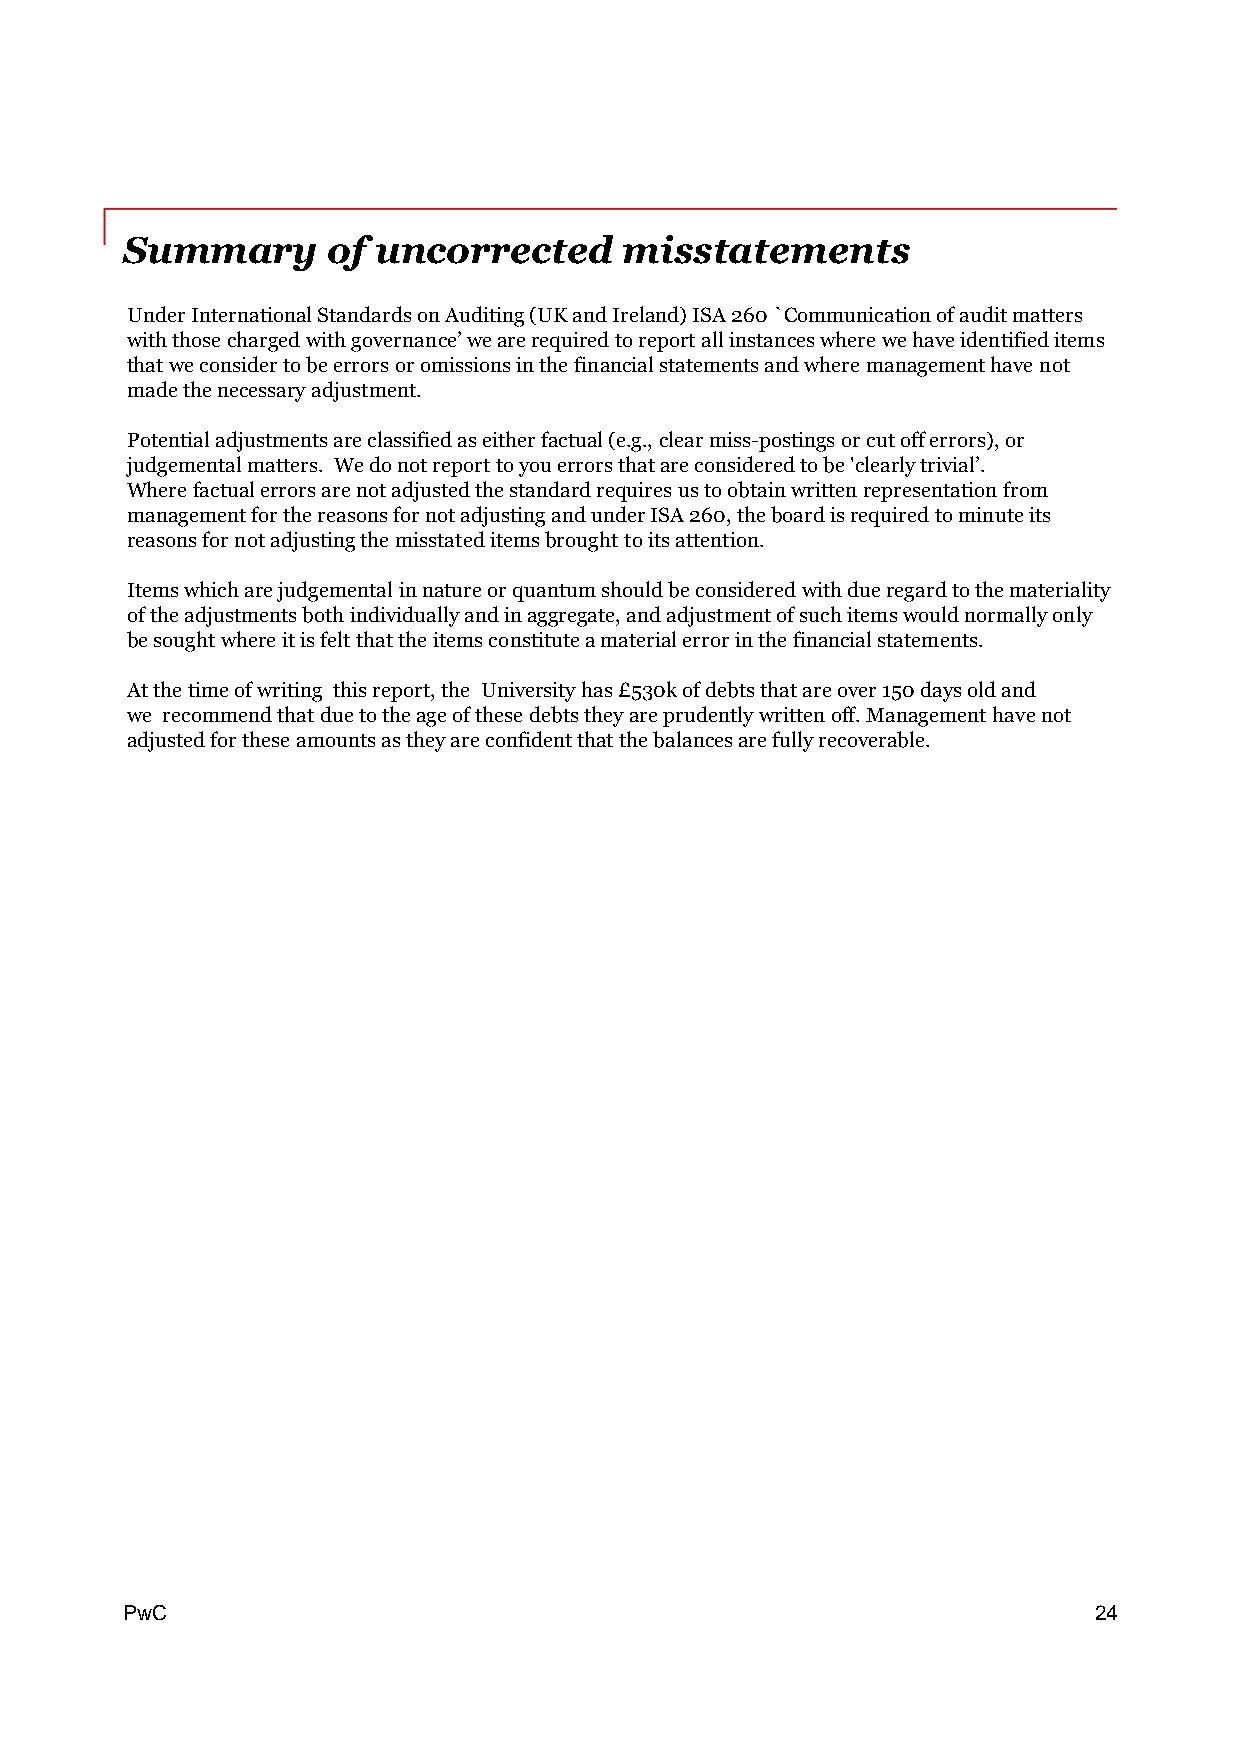
Summary       of uncorrected     misstatements
 UnderInternationalStandardsonAuditing(UKandIreland)ISA260`Communicationofauditmatters
 withthosechargedwithgovernance’wearerequiredtoreportallinstanceswherewehaveidentifieditems
 thatweconsidertobeerrorsoromissionsinthefinancialstatementsandwheremanagementhavenot
 madethenecessaryadjustment.
 Potentialadjustmentsareclassifiedaseitherfactual(e.g.,clearmiss-postingsorcutofferrors),or
 judgementalmatters. Wedonotreporttoyouerrorsthatareconsideredtobe'clearlytrivial’.
 Wherefactualerrorsarenotadjustedthestandardrequiresustoobtainwrittenrepresentationfrom
 managementforthereasonsfornotadjustingandunderISA260,theboardisrequiredtominuteits
 reasonsfornotadjustingthemisstateditemsbroughttoitsattention.
 Itemswhicharejudgementalinnatureorquantumshouldbeconsideredwithdueregardtothemateriality
 oftheadjustmentsbothindividuallyandinaggregate,andadjustmentofsuchitemswouldnormallyonly
 besoughtwhereitisfeltthattheitemsconstituteamaterialerrorinthefinancialstatements.
 Atthetimeofwriting thisreport,the Universityhas£530kofdebtsthatareover150daysoldand
 we recommendthatduetotheageofthesedebtstheyareprudentlywrittenoff.Managementhavenot
 adjustedfortheseamountsastheyareconfidentthatthebalancesarefullyrecoverable.
 PPwwCC                                                          24